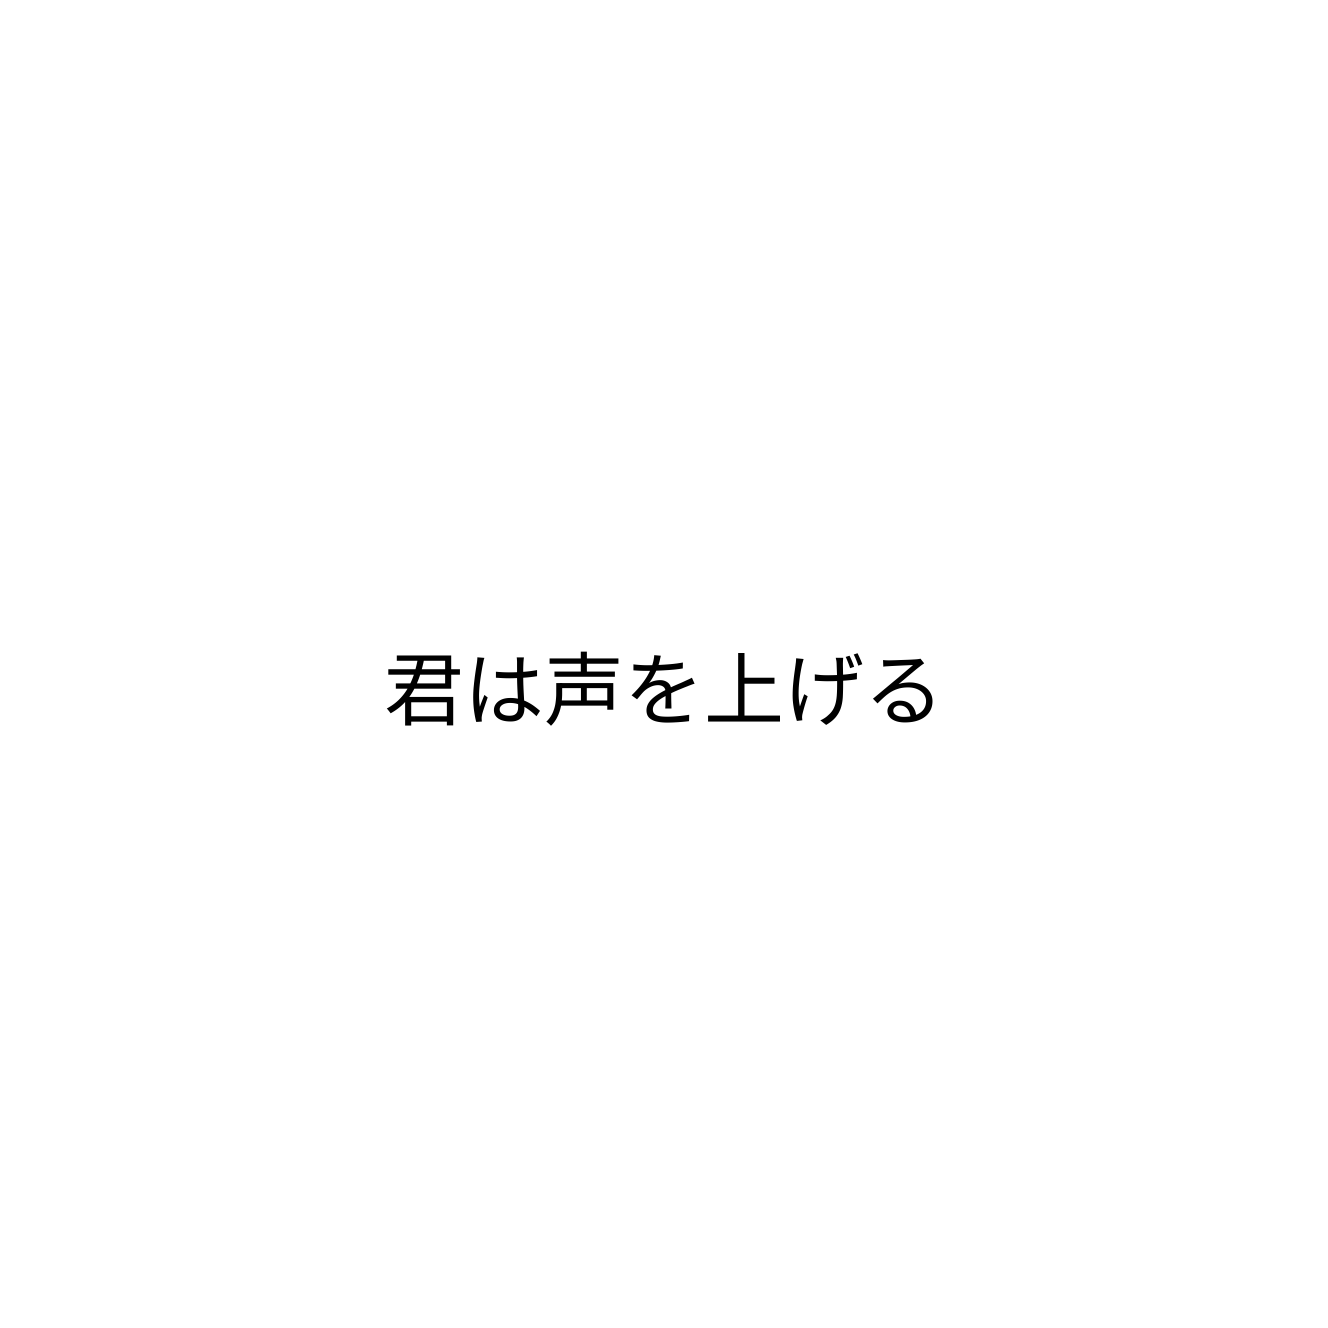
君は声を上げる